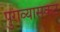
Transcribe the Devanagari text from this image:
पुराव्यासकट